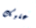
عليك